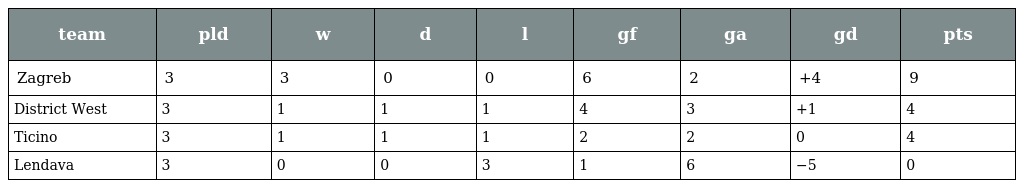
| team | pld | w | d | l | gf | ga | gd | pts |
 | --- | --- | --- | --- | --- | --- | --- | --- | --- |
 | Zagreb | 3 | 3 | 0 | 0 | 6 | 2 | +4 | 9 |
 | District West | 3 | 1 | 1 | 1 | 4 | 3 | +1 | 4 |
 | Ticino | 3 | 1 | 1 | 1 | 2 | 2 | 0 | 4 |
 | Lendava | 3 | 0 | 0 | 3 | 1 | 6 | −5 | 0 |